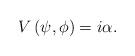
LaTeX: \begin{align*}V\left( \psi ,\phi \right) =i\alpha . \end{align*}